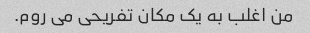
من اغلب به یک مکان تفریحی می روم.